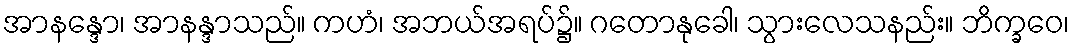
အာနန္ဒော၊ အာနန္ဒာသည်။ ကဟံ၊ အဘယ်အရပ်၌။ ဂတောနုခေါ၊ သွားလေသနည်း။ ဘိက္ခဝေ၊